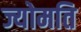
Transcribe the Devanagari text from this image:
ज्योमति